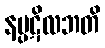
နပ္ပဋိလဘတိ